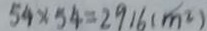
5 4 \times 5 4 = 2 9 1 6 ( m ^ { 2 } )